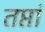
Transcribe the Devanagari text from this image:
तप्तां